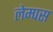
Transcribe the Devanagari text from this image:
लेम्पस